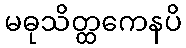
မဓုသိတ္ထကေနပိ